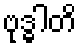
ဗုဒ္ဓါတိ